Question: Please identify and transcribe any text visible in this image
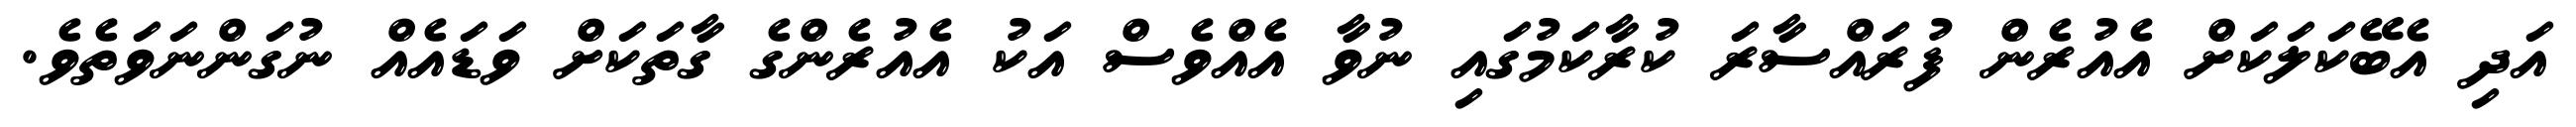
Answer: އަދި އެބޭކަލަކަށް އެއުރެން ފުރައްސާރަ ކުރާކަމުގައި ނުވާ އެއްވެސް އަކު އެއުރެންގެ ގާތަކަށް ވަޑައެއް ނުގަންނަވަތެވެ.